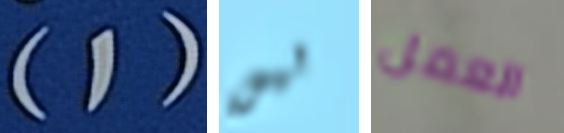
(1) ليس العمل